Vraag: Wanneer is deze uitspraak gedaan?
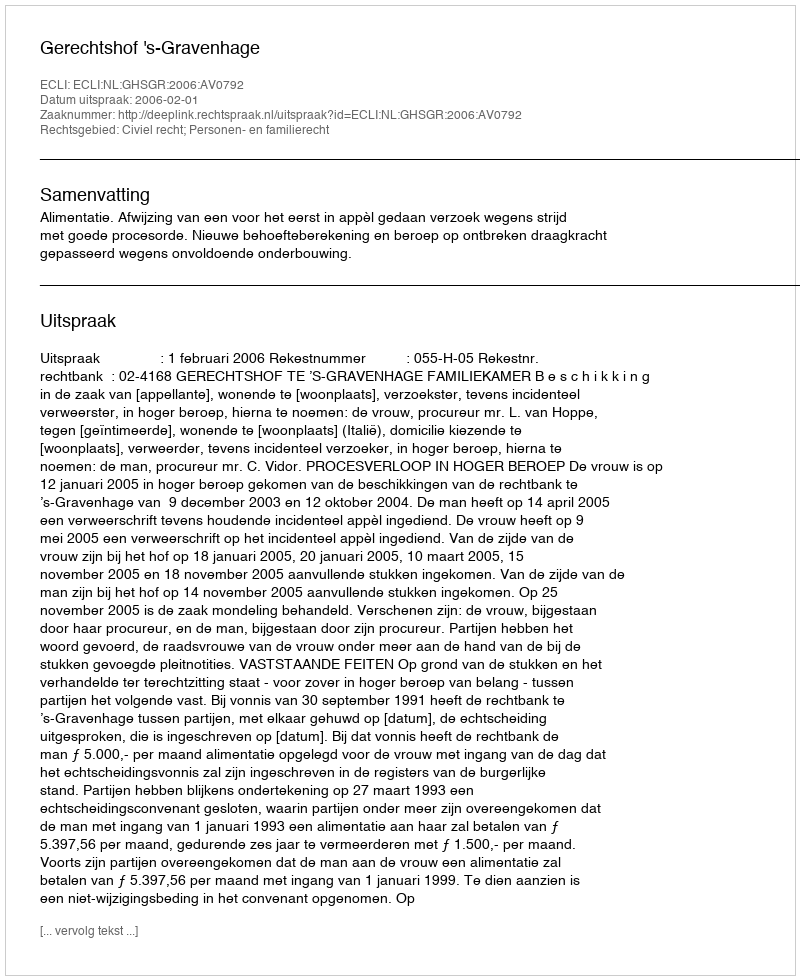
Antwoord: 2006-02-01